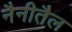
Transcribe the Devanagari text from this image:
नैनीतैल